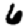
Digit: 6